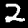
Label: 2